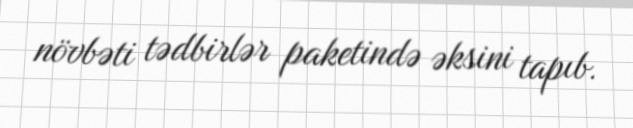
növbəti tədbirlər paketində əksini tapıb.